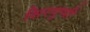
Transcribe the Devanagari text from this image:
शिरगुप्पी